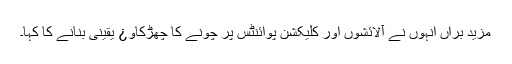
مزید براں انہوں نے آلائشوں اور کلیکشن پوائنٹس پر چونے کا چھڑکاو¿ یقینی بنانے کا کہا۔